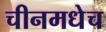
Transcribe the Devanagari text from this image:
चीनमधेच